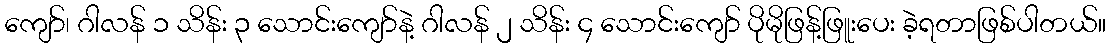
ကျော်၊ ဂါလန် ၁ သိန်း ၃ သောင်းကျော်နဲ့ ဂါလန် ၂ သိန်း ၄ သောင်းကျော် ပိုမိုဖြန့်ဖြူးပေး ခဲ့ရတာဖြစ်ပါတယ်။